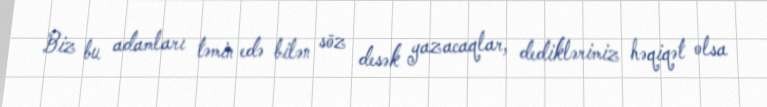
Biz bu adamları təmin edə bilən söz desək yazacaqlar, dediklərimiz həqiqət olsa